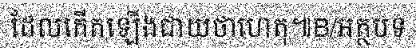
ដែលកើតឡើងជាយថាហេតុ៕B/អត្ថបទ